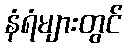
နံရံများတွင်